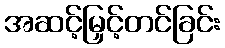
အဆင့်မြှင့်တင်ခြင်း